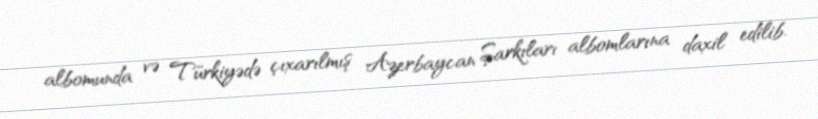
albomunda və Türkiyədə çıxarılmış Azerbaycan Şarkıları albomlarına daxil edilib.